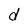
Character: d